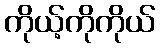
ကိုယ့်ကိုကိုယ်